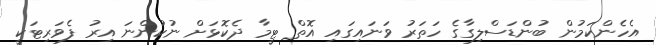
އެހެންކަމުން ބުންޑަސްލިގާގެ ހަތަރު ވަނައިގައި އޮތް ޓީމާ ދެކޮޅަށް ނުކުންނަ އިރު ފެވަރިޓަކީ